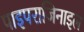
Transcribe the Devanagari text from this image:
पाइपराजिनाइल